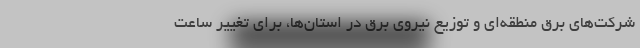
شرکت‌های برق منطقه‌ای و توزیع نیروی برق در استان‌ها، برای تغییر ساعت